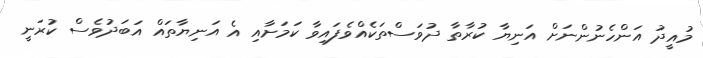
މުއީދު އަންހެނުންނަށް އަނިޔާ ކުރާތާ ދުވަސްތަކެއްވެފައިވާ ކަމަށާއި އެ އަނިޔާތައް އަބަދުވެސް ކުރަނީ